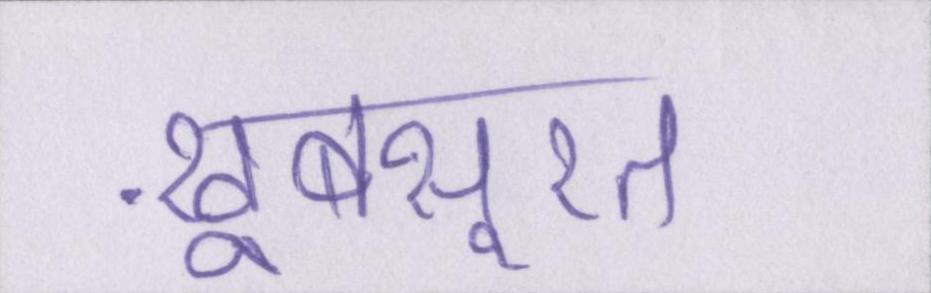
ख़ूबसूरत